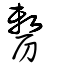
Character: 剺